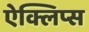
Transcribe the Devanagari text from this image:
ऐक्लिप्स